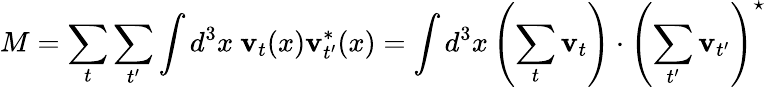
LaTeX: M=\sum_{t}\sum_{t^{\prime}}\int d^{3}x\ \textbf{v}_{t}(x)\textbf{v}_{t^{\prime}}^{*}(x)=\int d^{3}x\left(\sum_{t}\textbf{v}_{t}\right)\cdot\left(\sum_{t^{\prime}}\textbf{v}_{t^{\prime}}\right)^{\star}